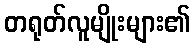
တရုတ်လူမျိုးများ၏